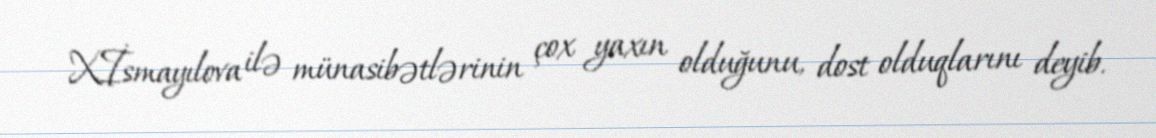
X.İsmayılova ilə münasibətlərinin çox yaxın olduğunu, dost olduqlarını deyib.